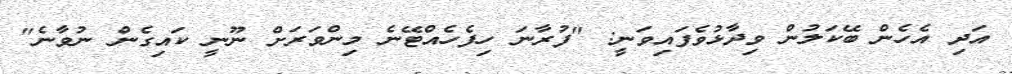
އަދި އެހެން ބޭކަލުން ވިދާޅުވެފައިވަނީ: "ފުރާނަ ހިފެހެއްޓޭނެ މިންވަރަށް ނޫނީ ކައިގެން ނުވާނެ"